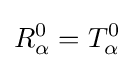
R_{\alpha }^{0}=T_{\alpha }^{0}